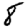
Digit: 8